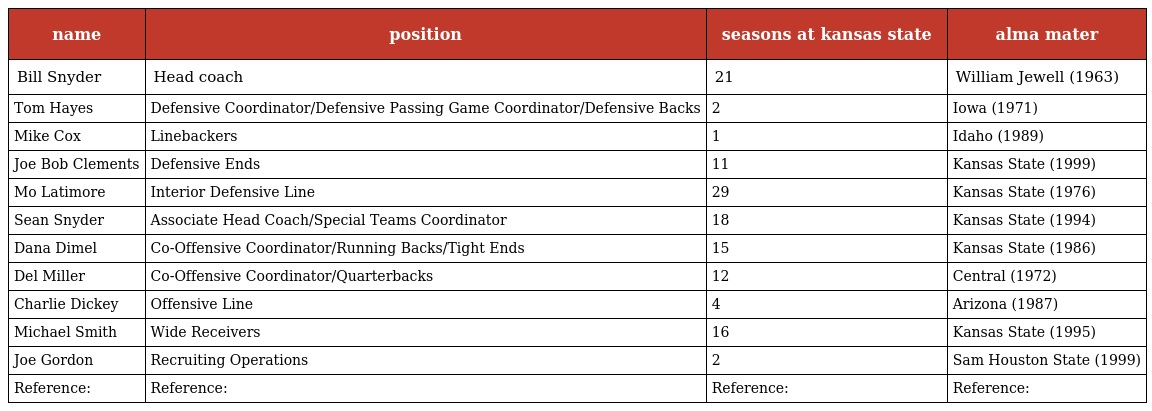
| name | position | seasons at kansas state | alma mater |
 | --- | --- | --- | --- |
 | Bill Snyder | Head coach | 21 | William Jewell (1963) |
 | Tom Hayes | Defensive Coordinator/Defensive Passing Game Coordinator/Defensive Backs | 2 | Iowa (1971) |
 | Mike Cox | Linebackers | 1 | Idaho (1989) |
 | Joe Bob Clements | Defensive Ends | 11 | Kansas State (1999) |
 | Mo Latimore | Interior Defensive Line | 29 | Kansas State (1976) |
 | Sean Snyder | Associate Head Coach/Special Teams Coordinator | 18 | Kansas State (1994) |
 | Dana Dimel | Co-Offensive Coordinator/Running Backs/Tight Ends | 15 | Kansas State (1986) |
 | Del Miller | Co-Offensive Coordinator/Quarterbacks | 12 | Central (1972) |
 | Charlie Dickey | Offensive Line | 4 | Arizona (1987) |
 | Michael Smith | Wide Receivers | 16 | Kansas State (1995) |
 | Joe Gordon | Recruiting Operations | 2 | Sam Houston State (1999) |
 | Reference: | Reference: | Reference: | Reference: |